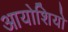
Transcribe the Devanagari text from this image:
आयोशियो